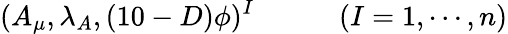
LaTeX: (A_{\mu},\lambda_{A},(10-D)\phi)^{I}\qquad\quad(I=1,\cdots,n)